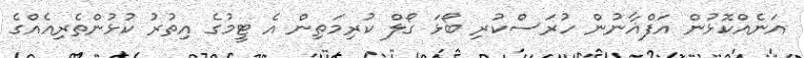
އަނެއްކޮޅުން އަފްޣާނުން ހުރަސްކުރި ބޯޅަ ގޯލް ކުރިމަތިން އެ ޓީމުގެ އިތުރު ކުޅުންތެރިއެއްގެ